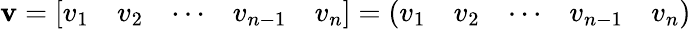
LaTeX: \mathbf{v}=\left[{\begin{array}{lllll}{v_{1}}&{v_{2}}&{\cdots}&{v_{n-1}}&{v_{n}}\end{array}}\right]=\left({\begin{array}{lllll}{v_{1}}&{v_{2}}&{\cdots}&{v_{n-1}}&{v_{n}}\end{array}}\right)